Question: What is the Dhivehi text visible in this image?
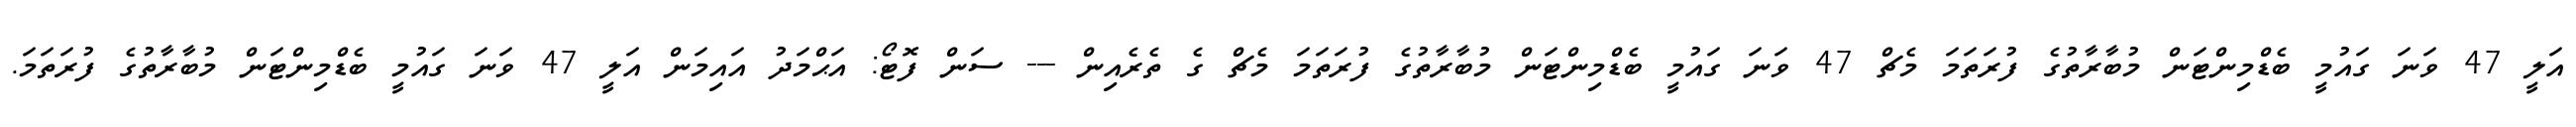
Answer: އަލީ 47 ވަނަ ގައުމީ ބެޑްމިންޓަން މުބާރާތުގެ ފުރަތަމަ މެޗް 47 ވަނަ ގައުމީ ބެޑްމިންޓަން މުބާރާތުގެ ފުރަތަމަ މެޗް ގެ ތެރެއިން --- ސަން ފޮޓޯ: އަޙްމަދު އައިމަން އަލީ 47 ވަނަ ގައުމީ ބެޑްމިންޓަން މުބާރާތުގެ ފުރަތަމަ.